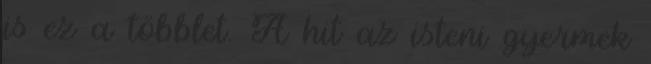
is ez a többlet. A hit az isteni gyermek